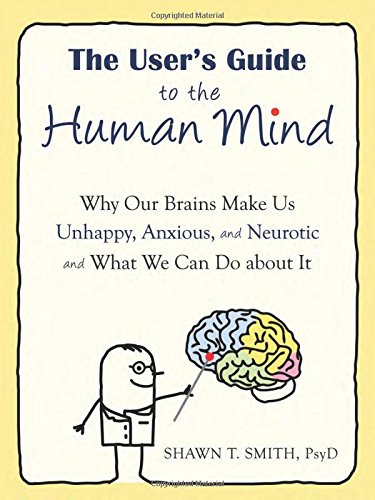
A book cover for The User's Guide to the Human Mind: Why Our Brains Make Us Unhappy, Anxious, and Neurotic and What We Can Do about It; Shawn T. Smith PsyD; Self-Help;